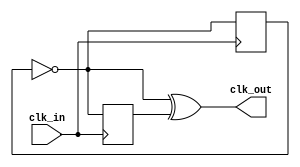
module clock_follow (
	input clk_in,
	output clk_out
);

reg rp = 1'b0;
reg rn = 1'b0;

always @(posedge clk_in) begin
	rp <= ~rp;
end

always @(negedge clk_in) begin
	rn <= ~rp;
end

assign clk_out = ~rp ^ rn;

endmodule